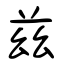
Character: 兹